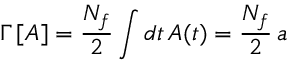
\Gamma \, [ A ] = \frac { N _ { f } } { 2 } \int d t \, A ( t ) = \frac { N _ { f } } { 2 } \, a